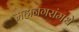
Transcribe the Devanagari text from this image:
महानगरांमधे